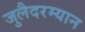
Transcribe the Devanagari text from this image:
जुलैदरम्यान